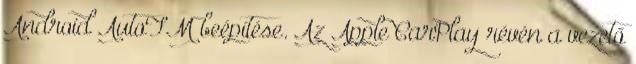
Android AutoTM beépítése. Az Apple CarPlay révén a vezető